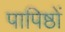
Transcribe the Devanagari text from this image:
पापिष्ठों